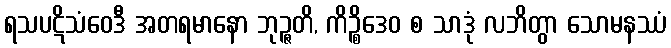
ရသပဋိသံဝေဒီ အတရမာနော ဘုဉ္ဇတိ, ကိဉ္စိဒေဝ စ သာဒုံ လဘိတွာ သောမနဿံ